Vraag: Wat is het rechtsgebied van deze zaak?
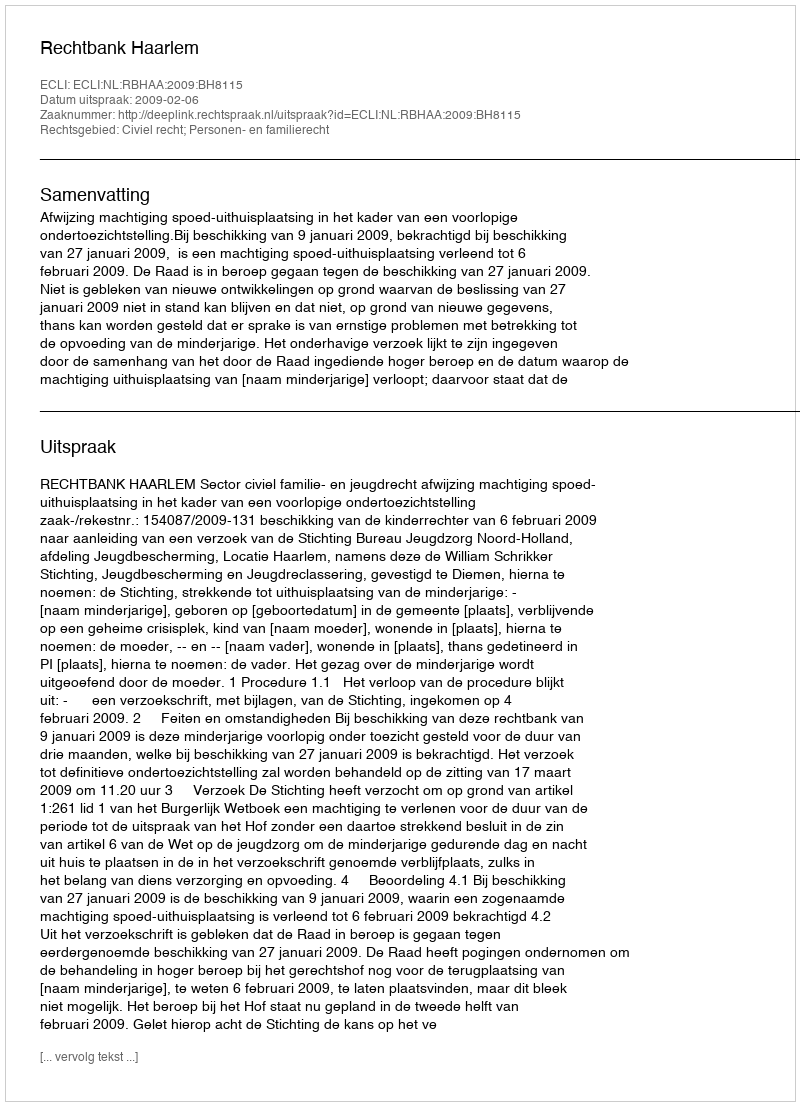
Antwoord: Civiel recht; Personen- en familierecht